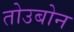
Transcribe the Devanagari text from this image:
तोउबोन